画像に写った文字を読んでください
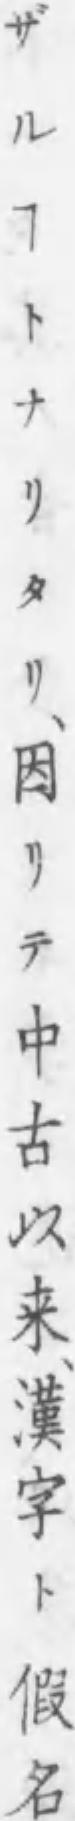
「ザルヿトナリタリ、困リテ中古以来、漢字ト假名」と書いてあります